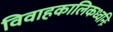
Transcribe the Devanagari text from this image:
विवाहकालिकध्वनिः